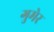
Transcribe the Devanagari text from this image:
गुमेर